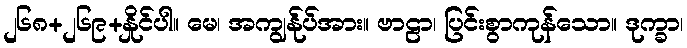
၂၆၈+၂၆၉+နှိုင်ပါ။ မေ၊ အကျွန်ုပ်အား။ ဗာဠာ၊ ပြင်းစွာကုန်သော။ ဒုက္ခာ၊